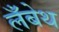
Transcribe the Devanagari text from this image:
लँबेथ